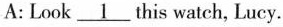
A:Look \underline{1} this watch, Lucy.